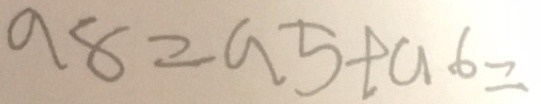
a 8 = a 5 + a 6 =